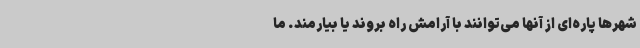
شهرها پاره‌ای از آنها می‌توانند با آرامش راه بروند یا بیارمند. ما